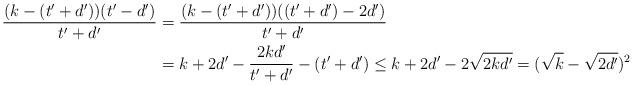
LaTeX: \begin{align*}\frac{(k-(t'+d'))(t'-d')}{t'+d'}&=\frac{(k-(t'+d'))((t'+d')-2d')}{t'+d'}\\&=k+2d'-\frac{2kd'}{t'+d'}-(t'+d')\le k+2d'-2\sqrt{2kd'}=(\sqrt{k}-\sqrt{2d'})^2\end{align*}